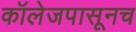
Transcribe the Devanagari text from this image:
कॉलेजपासूनच